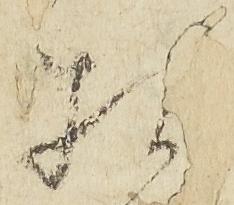
相